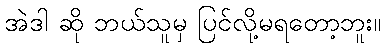
အဲဒါ ဆို ဘယ်သူမှ ပြင်လို့မရတော့ဘူး။